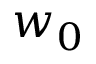
w _ { 0 }